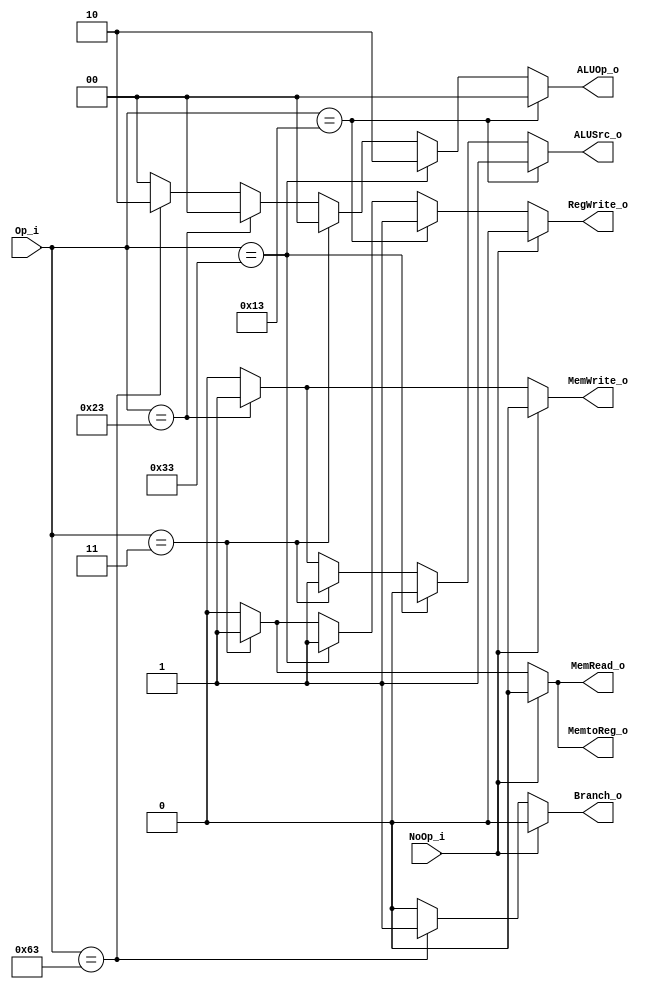
module Control
(
    Op_i,
    NoOp_i,
    
    ALUOp_o,
    ALUSrc_o,
    RegWrite_o,
    MemtoReg_o,
    MemRead_o,
    MemWrite_o,
    Branch_o
);

// Ports
input   [6:0]       Op_i;
input               NoOp_i;

output  [1:0]       ALUOp_o;
output              ALUSrc_o;
output              RegWrite_o;
output              MemtoReg_o;
output              MemRead_o;
output              MemWrite_o;
output              Branch_o;

`define LOAD    7'b0000011
`define STORE   7'b0100011
`define BRANCH  7'b1100011

assign ALUOp_o =    (Op_i == 7'b0010011) ? 2'b00: // I-type
                    (Op_i == 7'b0110011) ? 2'b10: // R-type
                    (Op_i == 7'b0000011) ? 2'b00: // lw
                    (Op_i == 7'b0100011) ? 2'b00: // sw
                    (Op_i == 7'b1100011) ? 2'b10: // beq
                    2'b0;
assign ALUSrc_o =   (Op_i == 7'b0010011) ? 1'b1: // I-type -> use immediate
                    (Op_i == 7'b0110011) ? 1'b0: // R-type -> use RS2
                    (Op_i == 7'b0000011) ? 1'b1: // lw     -> use immediate
                    (Op_i == 7'b0100011) ? 1'b1: // sw     -> use immediate
                    (Op_i == 7'b1100011) ? 1'b0: // beq    -> use RS2
                    1'b0;
// Except for beq and sw are true
assign RegWrite_o = NoOp_i               ? 1'b0:
                    (Op_i == 7'b0010011) ? 1'b1: // I-type
                    (Op_i == 7'b0110011) ? 1'b1: // R-type
                    (Op_i == 7'b0000011) ? 1'b1: // lw
                    (Op_i == 7'b0100011) ? 1'b0: // sw
                    (Op_i == 7'b1100011) ? 1'b0: // beq
                    1'b0;

assign MemtoReg_o = NoOp_i ? 1'b0 : Op_i == `LOAD   ? 1'b1 : 1'b0; // Only lw instruction
assign MemRead_o =  NoOp_i ? 1'b0 : Op_i == `LOAD   ? 1'b1 : 1'b0; // Only lw instruction 
assign MemWrite_o = NoOp_i ? 1'b0 : Op_i == `STORE  ? 1'b1 : 1'b0; // Only sw instruction
assign Branch_o =   NoOp_i ? 1'b0 : Op_i == `BRANCH ? 1'b1 : 1'b0; // Only beq instruction

endmodule